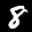
Label: 8